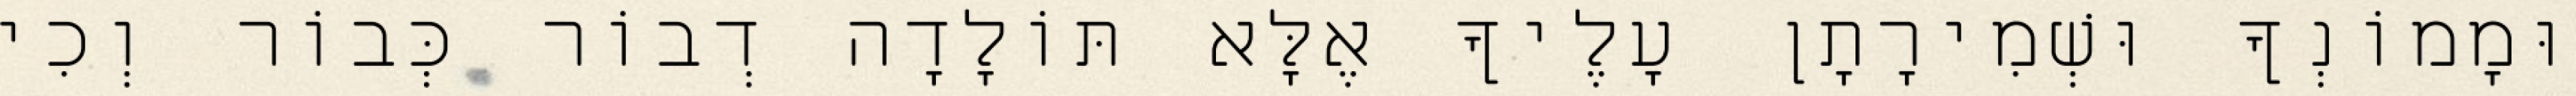
וּמָמוֹנְךָ וּשְׁמִירָתָן עָלֶיךָ אֶלָּא תּוֹלָדָה דְבוֹר כְּבוֹר וְכִי